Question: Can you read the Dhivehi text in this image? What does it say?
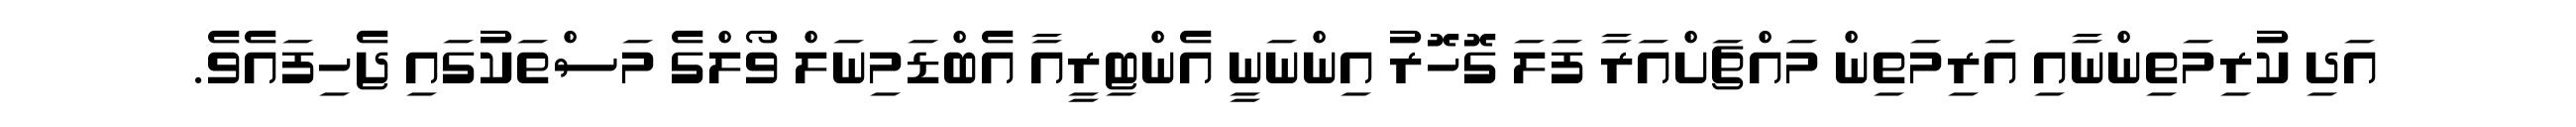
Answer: އަދި ކުރިމަތިންނާއި އަރިމަތިން މައްޗަށްއަރާ ފަލަ ގޮހޮރު އިންނަނީ އެންޓިރީއާ އެބްޑަމިނަލް ވޯލްގެ މަސްތަކުގައި ޖެހިފައެވެ.